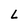
Character: L